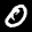
Label: 0